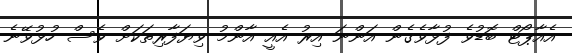
އެއާޕޯޓް ބޮޑުވެ ފުޅާވެގެން އަންނަ އިރު އެއީ އާންމު ވިޔަފާރިތަކަށް ވެސް ހުޅުވޭނެ